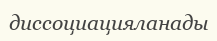
диссоциацияланады